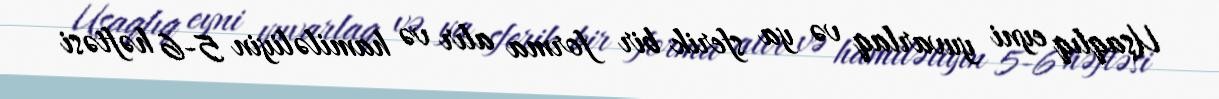
Uşaqlıq eyni yuvarlaq və ya sferik bir forma alır və hamiləliyin 5-6 həftəsi